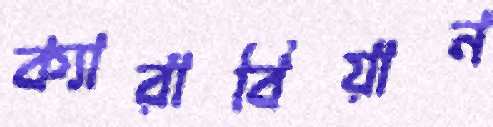
ক্যারাবিয়ান